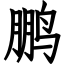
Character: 鹏